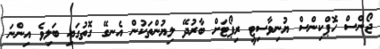
ޖޯންސް ހޮޕްކިންސް ޔުނިވާސިޓީ ރިޕޯޓަށް ބާރުދޭ ލިޔުންތަކުން އެނގޭ ގޮތުގައި ބަލިވެ އިންނަ